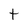
Character: t